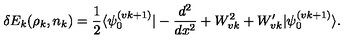
\delta E _ { k } ( \rho _ { k } , n _ { k } ) = \frac { 1 } { 2 } \langle \psi _ { 0 } ^ { ( v k + 1 ) } | - \frac { d ^ { 2 } } { d x ^ { 2 } } + W _ { v k } ^ { 2 } + W _ { v k } ^ { \prime } | \psi _ { 0 } ^ { ( v k + 1 ) } \rangle .